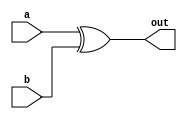
module Addkey(
    input [127:0] a,
    input [127:0] b,
    output [127:0] out
);

assign out = a^b;
endmodule